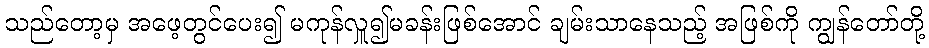
သည်တော့မှ အဖေ့တွင်ပေး၍ မကုန်လှူ၍မခန်းဖြစ်အောင် ချမ်းသာနေသည့် အဖြစ်ကို ကျွန်တော်တို့